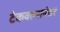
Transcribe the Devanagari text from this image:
टेकवल्यानंतर